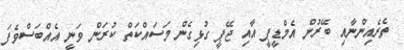
ތެރެއިންނާއި ބޭރުން އެމްޑީޕީ އާއި ޖޭޕީ ގުޅިގެން މަސައްކަތް ކުރަން ވަނީ އެއްބަސްވެފަ